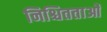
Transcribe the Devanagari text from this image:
निश्चितताओं